Leaving Certificate Examination, 1902
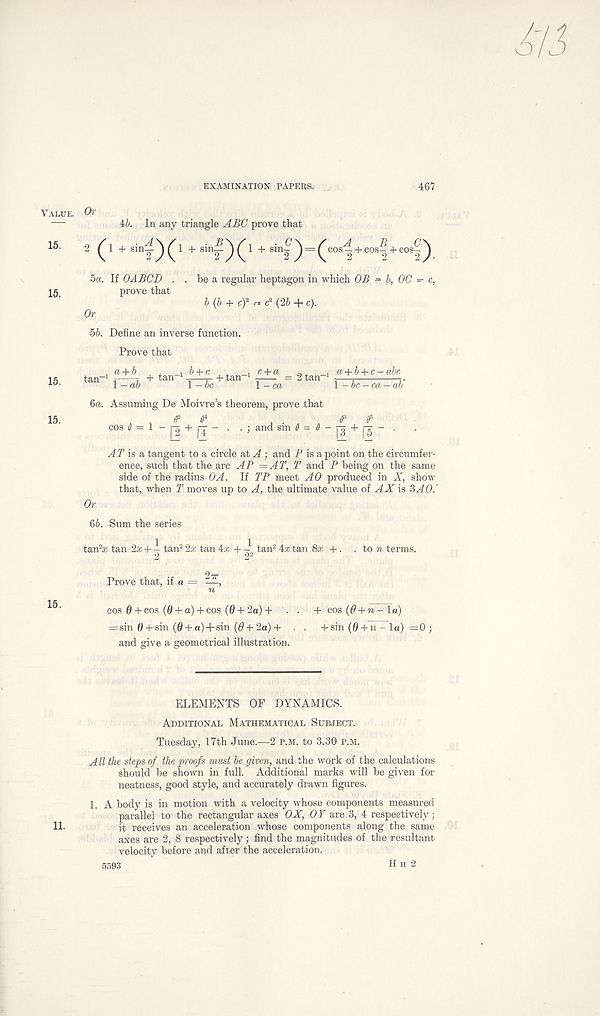
EXAMINATION PAPERS.
467
Value.
15.
15.
Or 46. In any triangle ABO prove that
2^1+ sirw-^ ^ 1 + sin^ ^ ^ 1 + sin^ ^ == ^ cos^ + cos '^ + cos^ ^
5a. If OABCD . . be a regular heptagon in which OB = b, 00 ^ c,
prove that
b (b + c) 2 ■ - * c 2 (26 + «)•
Or
56. Define an inverse function.
15.
Prove that
i 6 + c
, . n —1 -
2 tan -1 a + 6 + c - abr,
l - be-ca- ah'
6a. Assuming De Moivre’s theorem, prove that
15
ff 2 (P
6 s
cos 0 = 1 - j-g + j-j - . . ; and sin ^ ^ - j-^ + j-g - .
AT is a tangent to a circle at A ; and P is a point on the circumfer-
ence, such that the arc AP =AT, T and P being on the same
side of the radius OA. If TP meet AO produced in X, show
that, when T moves up to A, the ultimate value of AX is 6AO.'
Or
66. Sum the series
tan 2 * tan 2* + i tan 2 2* tan 4* + tan 2 4* tan 8* +. . to n terms.
Prove that, if a = —,
cos 0 + cos (0 + a) + cos (0 + 2a) + . . + cos (0 + tc - la)
=sin 0 + sin (0 + a)-fsin (0+2a)+ . . + sin (0 + n - la) =0 ;
and give a geometrical illustration.
ELEMENTS OF DYNAMICS.
Additional Mathematical Subject.
Tuesday, 17th June.—2 p.m. to 3.30 P.M.
All the steps of the proofs must be given, and the work of the calculations
should be shown in full. Additional marks will be given for
neatness, good style, and accurately drawn figures.
1. A body is in motion with a velocity whose components measured
parallel to the rectangular axes OX, OY are 3, 4 respectively;
11.
it receives an acceleration whose components along the same
axes are 2, 8 respectively; find the magnitudes of the resultant
velocity before and after the acceleration.
5593
H h 2